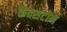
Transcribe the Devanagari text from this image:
कैक्सटोन